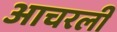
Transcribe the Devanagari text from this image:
आचरली